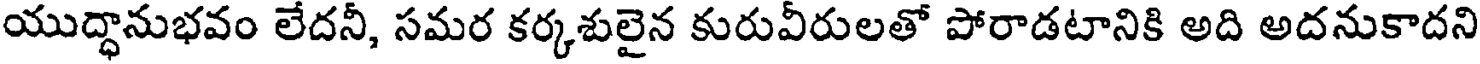
యుద్ధానుభవం లేదనీ, సమర కర్కశులైన కురువీరులతో పోరాడటానికి అది అదనుకాదని